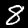
Label: 8